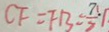
C F = F B = \frac { 7 } { 2 } 1